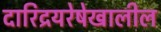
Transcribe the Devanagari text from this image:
दारिद्रयरेषेखालील